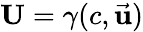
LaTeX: \mathbf{U}=\gamma(c,{\vec{\mathbf{u}}})